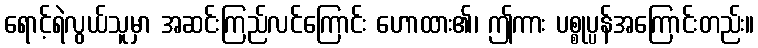
ရောင့်ရဲလွယ်သူမှာ အဆင်းကြည်လင်ကြောင်း ဟောထား၏၊ ဤကား ပစ္စုပ္ပန်အကြောင်းတည်း။